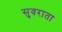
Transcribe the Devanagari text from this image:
सुवराता